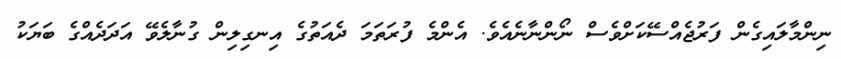
ނިންމާލައިގެން ފަރުޖެއްސޭކަށްވެސް ނޯންނާނެއެވެ. އެންމެ ފުރަތަމަ ދެއަތުގެ އިނގިލިން ގުނާލެވޭ އަދަދެއްގެ ބަޔަކު